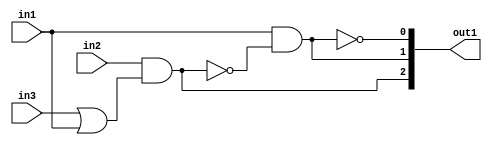
`timescale 1ps / 1ps
/*****************************************************************************
    Verilog RTL Description
    
    
    Created by: Stratus DpOpt 21.05.01 
*******************************************************************************/

module dut_gen_busy_r_4 (
	in1,
	in2,
	in3,
	out1
	); /* architecture "behavioural" */ 
input  in1,
	in2,
	in3;
output [2:0] out1;
wire  asc003,
	asc004,
	asc006,
	asc008,
	asc010;
wire [2:0] asc011;

assign asc004 = 
	(in3)
	|(in1);

assign asc003 = 
	(in2)
	&(asc004);

assign asc008 = 
	((~asc003));

assign asc006 = 
	(in1)
	&(asc008);

assign asc010 = 
	((~asc006));

assign asc011 = {asc003,asc006,asc010};

assign out1 = asc011;
endmodule

/* CADENCE  uLn3TAw= : u9/ySxbfrwZIxEzHVQQV8Q== ** DO NOT EDIT THIS LINE ******/